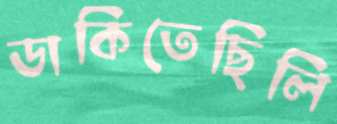
ডাকিতেছিলি